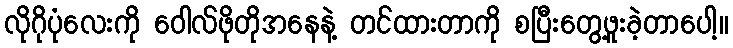
လိုဂိုပုံလေးကို ဝေါလ်ဖိုတိုအနေနဲ့ တင်ထားတာကို စပြီးတွေ့ဖူးခဲ့တာပေါ့။